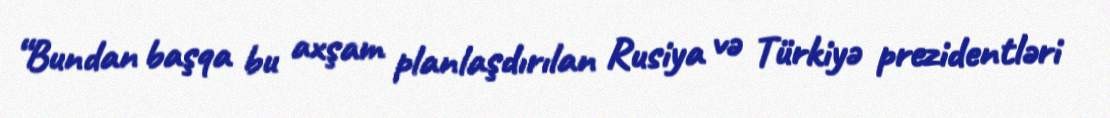
“Bundan başqa bu axşam planlaşdırılan Rusiya və Türkiyə prezidentləri